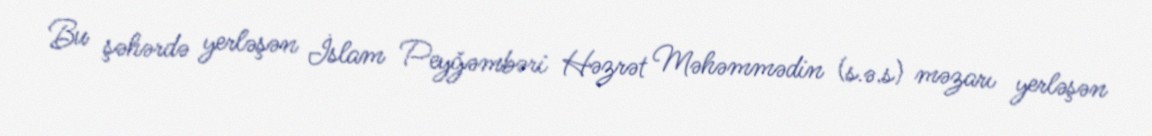
Bu şəhərdə yerləşən İslam Peyğəmbəri Həzrət Məhəmmədin (s.ə.s) məzarı yerləşən